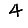
Digit: 4